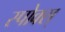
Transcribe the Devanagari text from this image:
स्पोक्स्